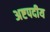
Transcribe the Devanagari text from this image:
अष्टपदीय